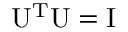
\mathrm { U } ^ { \mathrm { T } } \mathrm { U } = \mathrm { I }